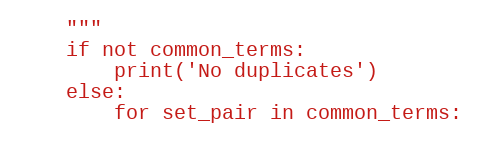
Language: Python
    """
    if not common_terms:
        print('No duplicates')
    else:
        for set_pair in common_terms: